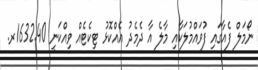
ނޯމަލް ފެއާގައި ފުވައްމުލަކާއި މާލެ އާ ދެމެދު އެއްކޮޅު ޓިކެޓެއް ވިއްކަނީ 1632.40ރ.